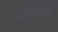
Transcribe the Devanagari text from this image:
दावाकर्त्ता